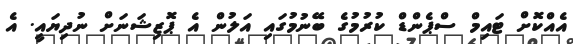
އެއްކޮށް ޓައިމް ސްޕެންޑް ކުރުމުގެ ބޭނުމުގައި އަލުން އެ ޕޮޒިޝަނަށް ނުދިޔައީ. އެ